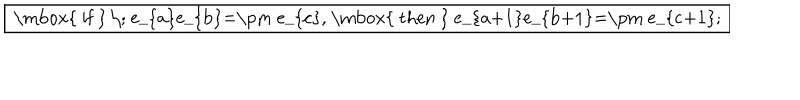
\fbox { \mathrm { ~ i f ~ } \; e _ { a } e _ { b } = \pm e _ { c } , \mathrm { ~ t h e n ~ } e _ { a + 1 } e _ { b + 1 } = \pm e _ { c + 1 } ; }